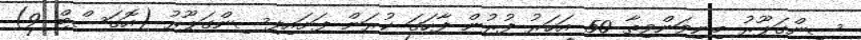
ސިންގަޕޫރު މިނިވަންވިތާ 50 އަހަރު ފުރުން ފާހަަގަ ކުރަން ފަށައިފިސިންގަޕޫރު (އޮގަސްޓް 9)